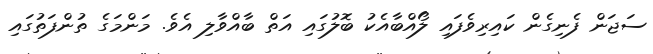
ސަޖަން ފެނިގެން ކައިރިވެފައި ލޯއްބާއެކު ބޮލުގައި އަތް ބާއްވާލި އެވެ. މަންމަގެ ތުންފަތުގައި